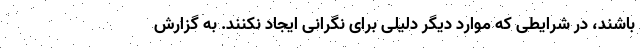
باشند، در شرایطی که موارد دیگر دلیلی برای نگرانی ایجاد نکنند. به گزارش